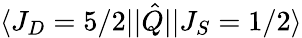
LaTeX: \langle J_{D}=5/2\rvert\lvert\hat{Q}\rvert\lvert J_{S}=1/2\rangle